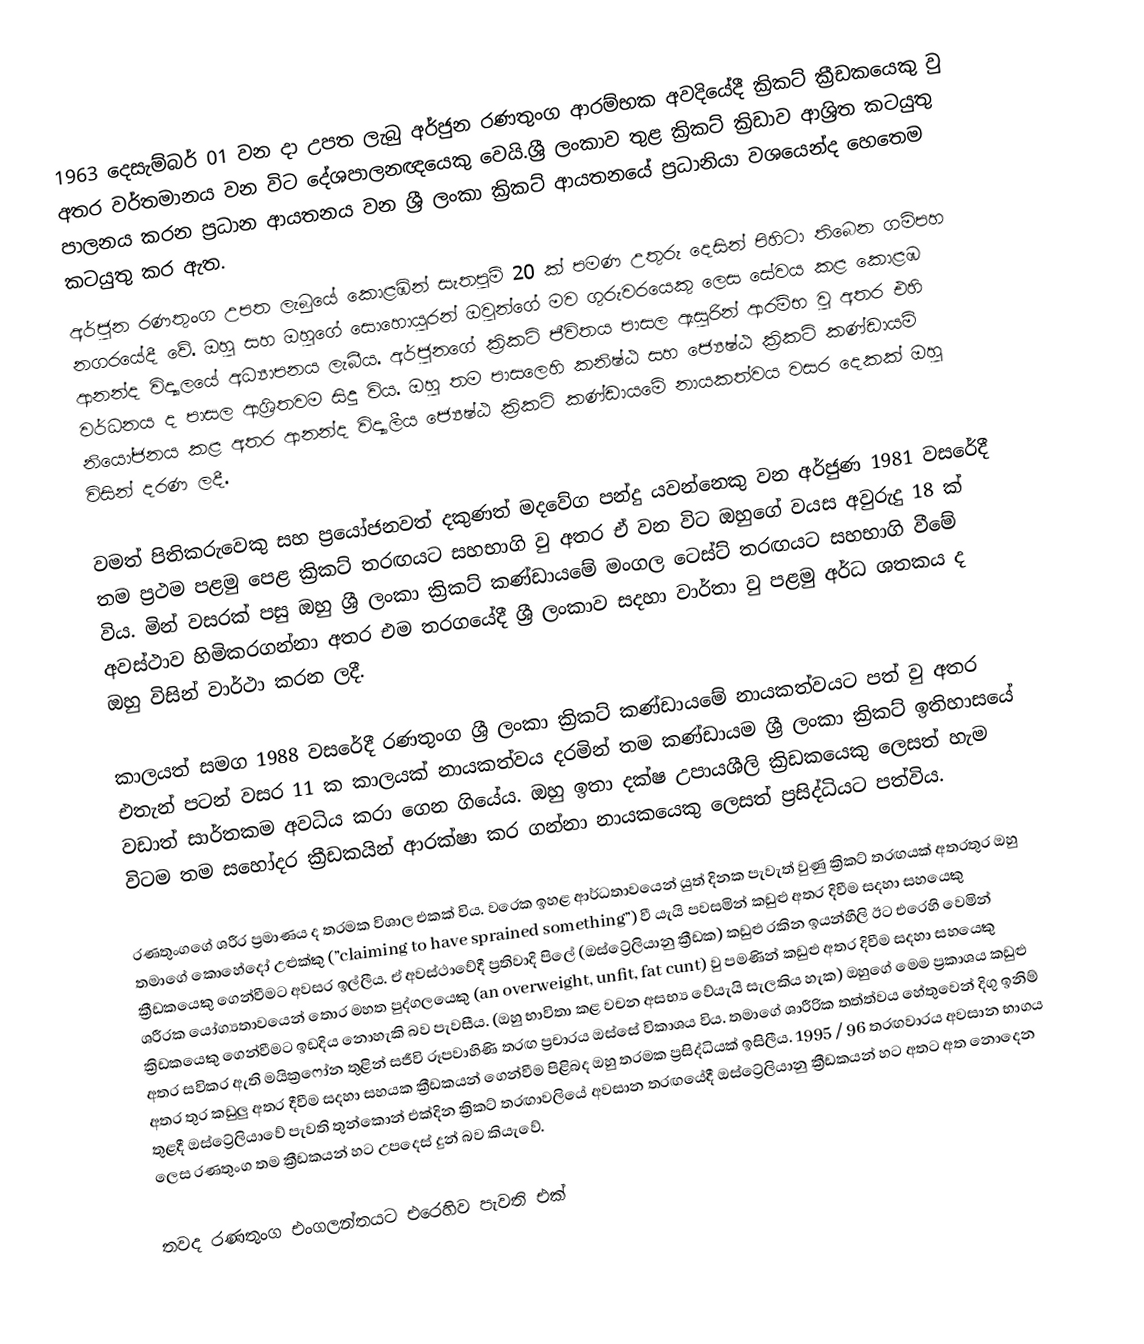
1963 දෙසැම්බර් 01 වන දා උපත ලැබු අර්ජුන රණතුංග ආරම්භක අවදියේදී ක්‍රිකට් ක්‍රීඩකයෙකු වු අතර වර්තමානය වන විට දේශපාලනඥයෙකු වෙයි.ශ්‍රී ලංකාව තුළ ක්‍රිකට් ක්‍රිඩාව ආශ්‍රිත කටයුතු පාලනය කරන ප්‍රධාන ආයතනය වන  ශ්‍රී ලංකා ක්‍රිකට් ආයතනයේ ප්‍රධානියා වශයෙන්ද හෙතෙම කටයුතු කර ඇත.
අර්ජුන රණතුංග උපත ලැබුයේ කොළඹින් සැතපුම් 20 ක් පමණ උතුරු දෙසින් පිහිටා තිබෙන ගම්පහ නගරයේදී වේ. ඔහු සහ ඔහුගේ සොහොයුරන් ඔවුන්ගේ මව ගුරුවරයෙකු ලෙස සේවය කළ කොළඹ ආනන්ද විද්‍යාලයේ අධ්‍යාපනය ලැබීය. අර්ජුනගේ ක්‍රිකට් ජීවිතය පාසල ඇසුරින් ආරම්භ වු අතර එහි වර්ධනය ද පාසල ආශ්‍රිතවම සිදු විය. ඔහු තම පාසලෙහි කනිෂ්ඨ සහ ජ්‍යෙෂ්ඨ ක්‍රිකට් කණ්ඩායම් නියෝජනය කළ අතර ආනන්ද විද්‍යාලීය ජ්‍යෙෂ්ඨ ක්‍රිකට් කණ්ඩායමේ නායකත්වය වසර දෙකක් ඔහු විසින් දරණ ලදී.

වමත් පිතිකරුවෙකු සහ ප්‍රයෝජනවත් දකුණත් මදවේග පන්දු යවන්නෙකු වන අර්ජුණ 1981 වසරේදී තම ප්‍රථම පළමු පෙළ ක්‍රිකට් තරඟයට සහභාගි වු අතර ඒ වන විට ඔහුගේ වයස අවුරුදු 18 ක් විය. මින් වසරක් පසු ඔහු ශ්‍රී ලංකා ක්‍රිකට් කණ්ඩායමේ මංගල ටෙස්ට් තරඟයට සහභාගි වීමේ අවස්ථාව හිමිකරගන්නා අතර එම තරගයේදී ශ්‍රී ලංකාව සදහා වාර්තා වු පළමු අර්ධ ශතකය ද ඔහු විසින් වාර්ථා කරන ලදී.

කාලයත් සමග 1988 වසරේදී රණතුංග ශ්‍රී ලංකා ක්‍රිකට් කණ්ඩායමේ නායකත්වයට පත් වු අතර එතැන් පටන් වසර 11 ක කාලයක් නායකත්වය දරමින් තම කණ්ඩායම ශ්‍රී ලංකා ක්‍රිකට් ඉතිහාසයේ වඩාත් සාර්තකම අවධිය කරා ගෙන ගියේය. ඔහු ඉතා දක්ෂ උපායශීලි ක්‍රිඩකයෙකු ලෙසත් හැම විටම තම සහෝදර ක්‍රීඩකයින් ආරක්ෂා කර ගන්නා නායකයෙකු ලෙසත් ප්‍රසිද්ධියට පත්විය.

රණතුංගගේ ශරීර ප්‍රමාණය ද තරමක විශාල එකක් විය. වරෙක ඉහළ ආර්ධතාවයෙන් යුත් දිනක පැවැත් වුණු ක්‍රිකට් තරඟයක් අතරතුර ඔහු තමාගේ කොහේ‍දෝ උළුක්කු (‍‍‍”claiming to have sprained something”) වී යැයි පවසමින් කඩුළු අතර දිවීම සදහා සහයෙකු ක්‍රීඩකයෙකු ගෙන්වීමට අවසර ඉල්ලීය.  ඒ අවස්ථාවේදී ප්‍රතිවාදි පිලේ (ඔස්ට්‍රේලියානු ක්‍රීඩක) කඩුළු රකින ඉයන්හීලි ඊට එරෙහි වෙමින් ශරීරක යෝග්‍යතාවයෙන් තොර මහත පුද්ගලයෙකු (an overweight, unfit, fat cunt) වු පමණින් කඩුළු අතර දිවීම සදහා සහයෙකු ක්‍රිඩකයෙකු ගෙන්වීමට ඉඩදිය නොහැකි බව පැවසීය. (ඔහු භාවිතා කළ වචන අසභ්‍ය වේයැයි සැලකිය හැක) ඔහුගේ මෙම ප්‍රකාශය කඩුළු අතර සවිකර ඇති මයික්‍රෆෝන තුළින් සජීවි රූපවාහිණි තරඟ ප්‍රචාරය ඔස්සේ විකාශය විය. තමාගේ ශාරීරික තත්ත්වය හේතුවෙන් දිගු ඉනිම් අතර තුර කඩුලු අතර දීවීම සදහා සහයක ක්‍රීඩකයන් ගෙන්වීම පිළිබද ඔහු තරමක ප්‍රසිද්ධියක් ඉසිලීය. 1995 / 96 තරඟවාරය අවසාන භාගය තුළදී ඔස්ට්‍රේලියාවේ පැවති තුන්කොන් එක්දින ක්‍රිකට් තරඟාවලියේ අවසාන තරඟයේදී ඔස්ට්‍රේලියානු ක්‍රීඩකයන් හට අතට අත නොදෙන ලෙස රණතුංග තම ක්‍රීඩකයන් හට උපදෙස් දුන් බව කියැවේ.

තවද රණතුංග එංගලන්තයට එරෙහිව පැවති එක්